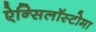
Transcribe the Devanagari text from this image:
ऐन्सिलॉस्टोमा